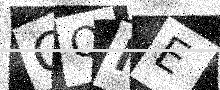
Text: QQNE